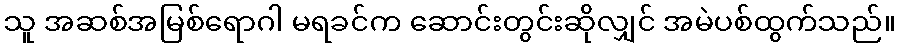
သူ အဆစ်အမြစ်ရောဂါ မရခင်က ဆောင်းတွင်းဆိုလျှင် အမဲပစ်ထွက်သည်။